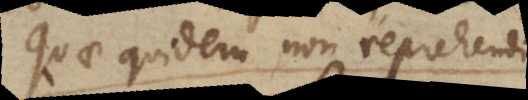
Quae quidem non reprehendi